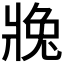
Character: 𱭒